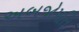
અબજોપતિ